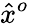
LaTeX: {\hat{x}}^{o}